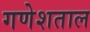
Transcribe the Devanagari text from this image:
गणेशताल